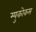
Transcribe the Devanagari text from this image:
म्युकोकस